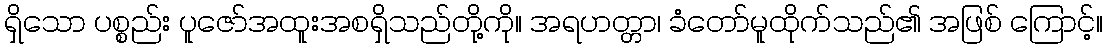
ရှိသော ပစ္စည်း ပူဇော်အထူးအစရှိသည်တို့ကို။ အရဟတ္တာ၊ ခံတော်မူထိုက်သည်၏ အဖြစ် ကြောင့်။